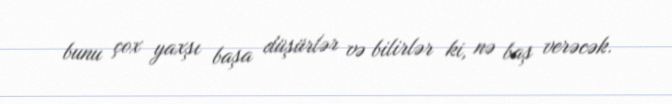
bunu çox yaxşı başa düşürlər və bilirlər ki, nə baş verəcək.